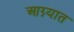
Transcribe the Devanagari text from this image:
आग्न्यात